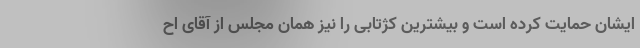
ایشان حمایت کرده است و بیشترین کژتابی را نیز همان مجلس از آقای اح